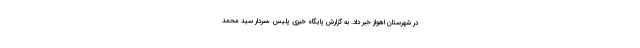
در شهرستان اهواز خبر داد. به گزارش پایگاه خبری پلیس ،سردار سید محمد